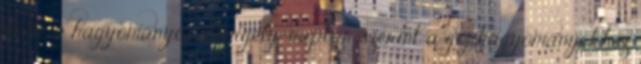
és ne a hagyományos Gergely-naptár szerint a goj hagyományokhoz